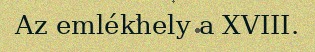
Az emlékhely a XVIII.